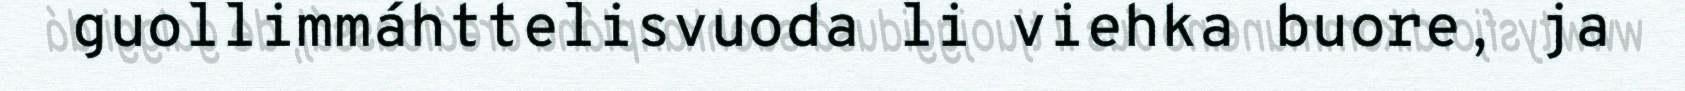
guollimmáhttelisvuoda li viehka buore, ja